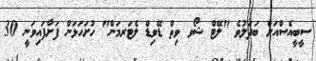
ސީބީއެސްއަށް ބަދަލުވެ "ލޭޓް ޝޯވ ވިތް ޑޭވިޑް ލެޓަރމަން" ހުށަހަޅަން ފަށާފައިވަނީ 30